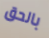
بالحق